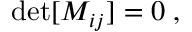
\begin{array} { r } { \operatorname* { d e t } [ { M _ { i j } } ] = 0 \; , } \end{array}